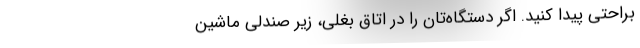
براحتی پیدا کنید. اگر دستگاه‌تان را در اتاق بغلی، زیر صندلی ماشین